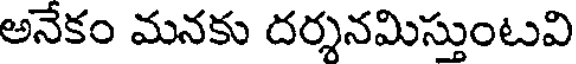
అనేకం మనకు దర్శనమిస్తుంటవి